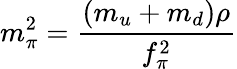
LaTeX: m_{\pi}^{2}=\frac{(m_{u}+m_{d})\rho}{f_{\pi}^{2}}